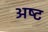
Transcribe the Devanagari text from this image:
अष्‍ट